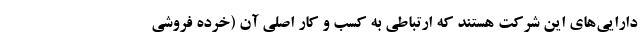
دارایی‌های این شرکت هستند که ارتباطی به کسب و کار اصلی آن (خرده فروشی